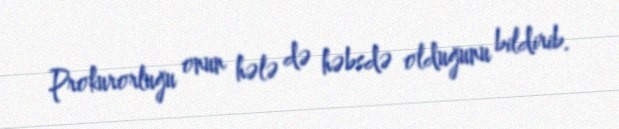
Prokurorluğu onun hələ də həbsdə olduğunu bildirib.